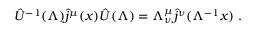
\hat { U } ^ { - 1 } ( \Lambda ) \hat { j } ^ { \mu } ( x ) \hat { U } ( \Lambda ) = \Lambda _ { \nu } ^ { \mu } \hat { j } ^ { \nu } ( \Lambda ^ { - 1 } x ) \; .